Vaccination in Burma 1900-1911 - 1900-1911
Year: 1900
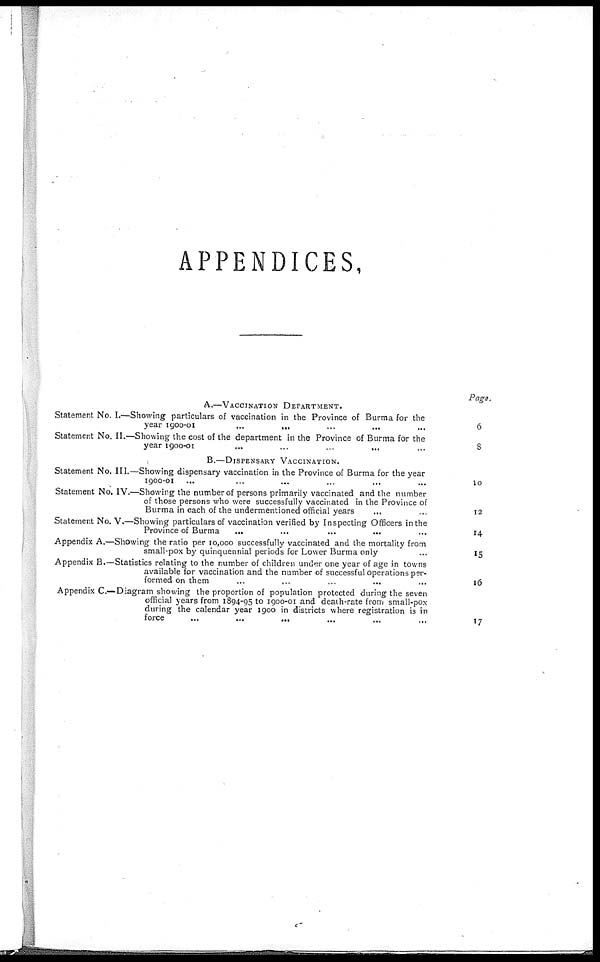
APPENDICES.
A.—VACCINATION DEPARTMENT.
Statement No. I.—Showing particulars of vaccination in the Province of Burma for the
year 1900-01
...
...
...
...
...
Statement No. II.—Showing the cost of the department in the Province of Burma for the
year 1900-01
...
...
...
...
...
...
B.—DISPENSARY VACCINATION.
Statement No. III.—Showing dispensary vaccination in the Province of Burma for the year
1900-01
...
...
...
...
...
Statement No. IV.—Showing the number of persons primarily vaccinated and the number
of those persons who were successfully vaccinated in the Province of
Burma in each of the undermentioned official years ... ...
Statement No. V.—Showing particulars of vaccination verified by Inspecting Officers in the
Province of Burma ... ... ... ... ... ...
Appendix A.—Showing the ratio per 10,000 successfully vaccinated and the mortality from
small-pox by quinquennial periods for Lower Burma only ...
Appendix B.—Statistics relating to the number of children under one year of age in towns
available for vaccination and the number of successful operations per-
formed on them ... ... ... ... ... ...
Appendix C—Diagram showing the proportion of population protected during the seven
official years from 1894-95 to 1900-01 and death-rate from small-pox
during the calendar year 1900 in districts where registration is in
force ... ... ... ... ... ... ...
Page.
6
8
10
12
14
15
16
17